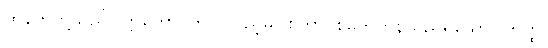
ထိုနတ်တို့သည်။ ဣတော၊ ဤလူပြည့်မှ။ စုတာ၊ စုတေကုန်သည်ရှိသော်။ တတ္ထ၊